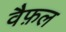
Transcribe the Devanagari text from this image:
वैफ़ल